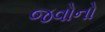
જવોનો